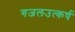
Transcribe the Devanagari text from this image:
गजलउत्कर्ष